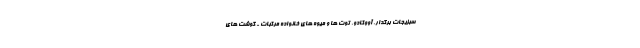
سبزیجات برگدار، آووکادو، توت ها و میوه های خانواده مرکبات - گوشت های